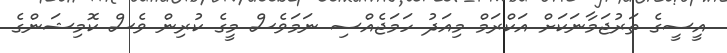
އީސީގެ ތަރުޖަމާނަކަށް އަކްރަމް މިއަދު ހަމަޖެއްސި ނަމަވެސް މީގެ ކުރިން ވެސް ކޮމިޝަންގެ